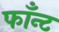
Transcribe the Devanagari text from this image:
फाँन्ट